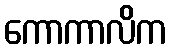
ကောကာလိက